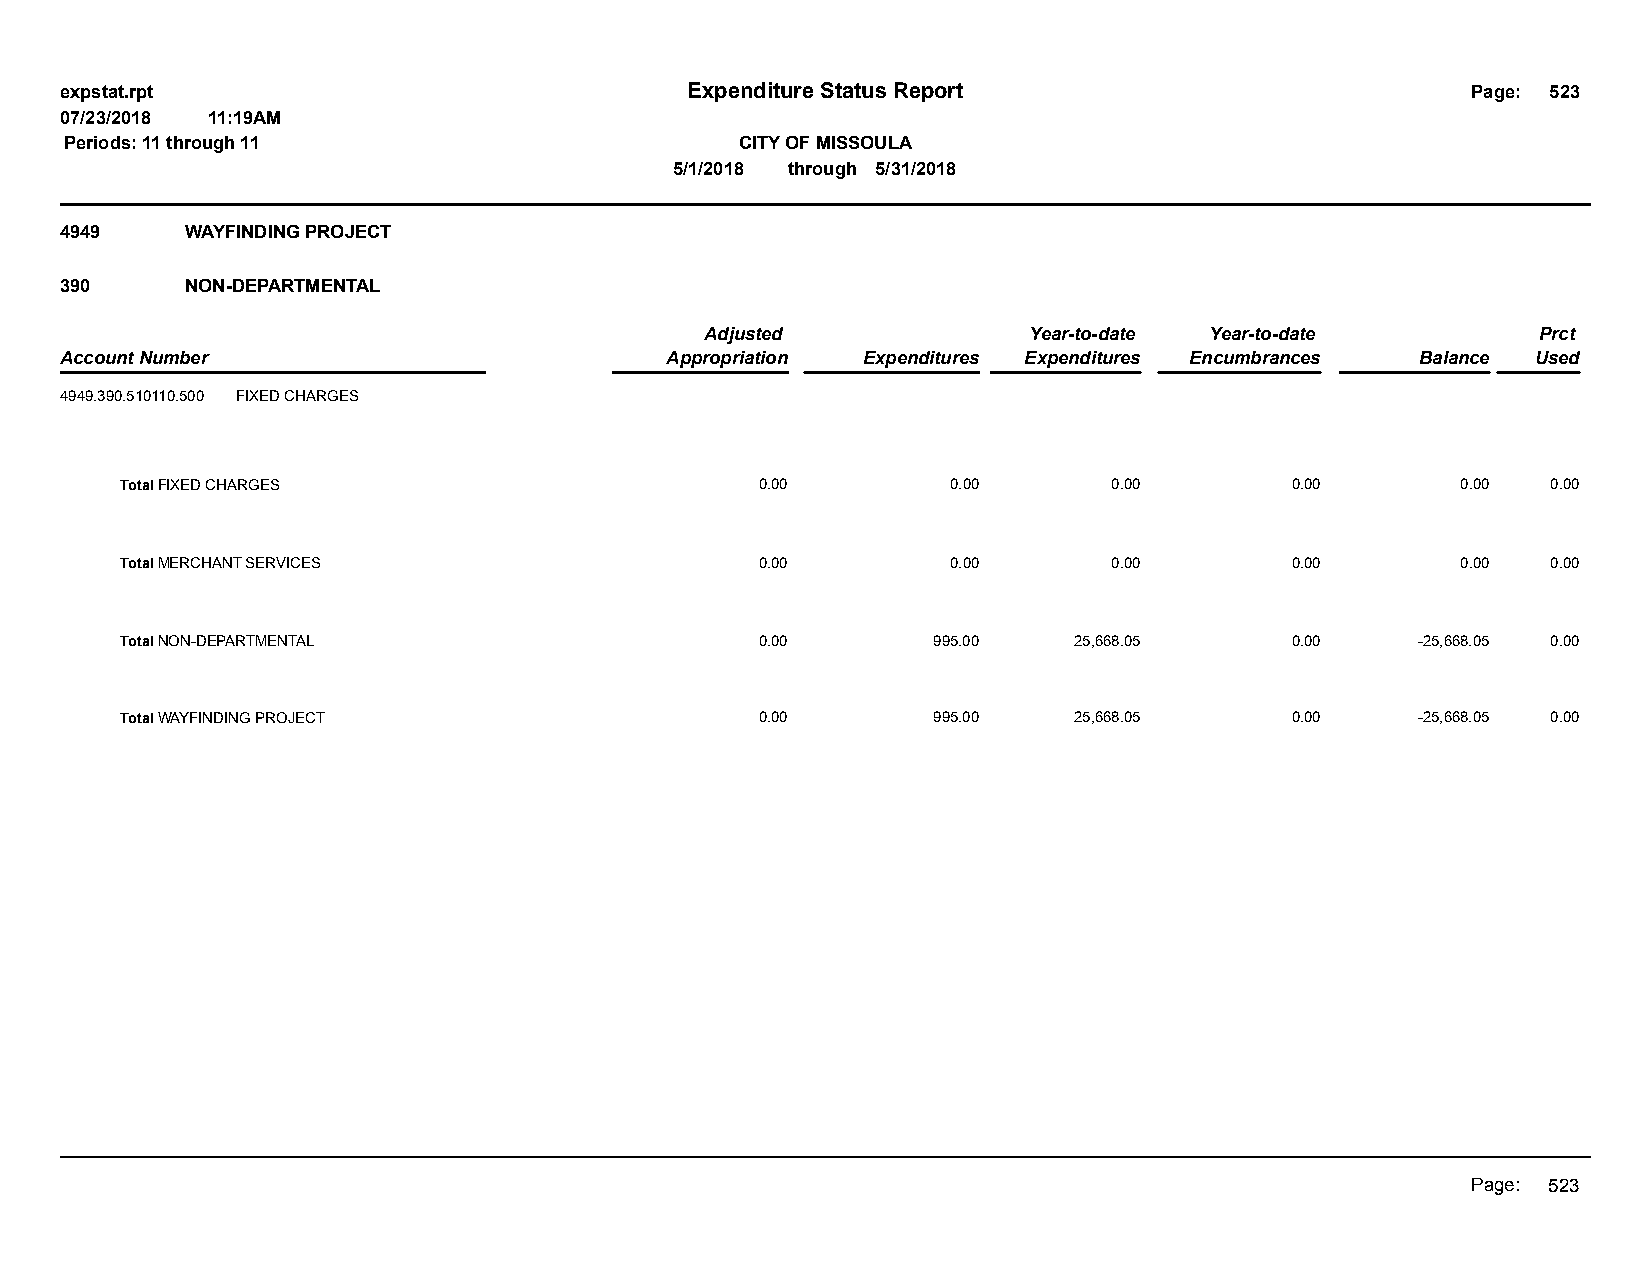
expstat.rpt                              Expenditure Status Report                           Page: 523
 07/23/2018 11:19AM
 Periods: 11 through 11                       CITY OF MISSOULA
 5/1/2018 through 5/31/2018
 4949    WAYFINDING PROJECT
 390     NON-DEPARTMENTAL
 Adjusted             Year-to-date Year-to-date         Prct
 Account Number                          Appropriation Expenditures Expenditures Encumbrances Balance Used
 4949.390.510110.500 FIXED CHARGES
 Total FIXED CHARGES                       0.00         0.00       0.00       0.00        0.00  0.00
 Total MERCHANT SERVICES                   0.00         0.00       0.00       0.00        0.00  0.00
 Total NON-DEPARTMENTAL                    0.00        995.00   25,668.05     0.00     -25,668.05 0.00
 Total WAYFINDING PROJECT                  0.00        995.00   25,668.05     0.00     -25,668.05 0.00
 Page: 523